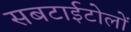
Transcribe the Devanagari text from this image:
सबटाईटोलों